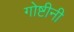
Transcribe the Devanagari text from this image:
गोष्टीनी